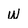
Character: W